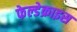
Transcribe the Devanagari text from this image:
फेल्डेक्राइस